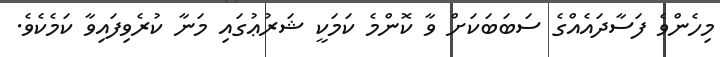
މިހެންވެ ފަސާދައެއްގެ ސަބަބަކަށް ވާ ކޮންމެ ކަމަކީ ޝަރުޢުގައި މަނާ ކުރެވިފައިވާ ކަމެކެވެ.